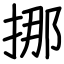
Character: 挪